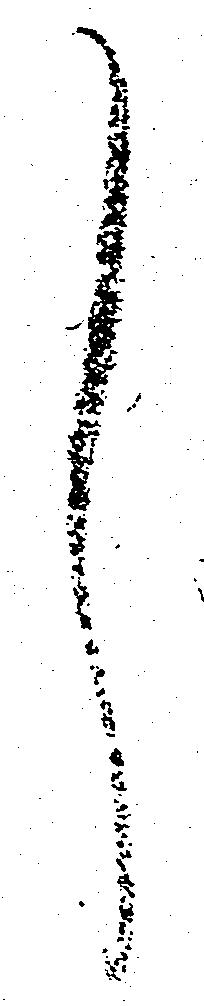
し